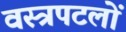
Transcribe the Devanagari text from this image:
वस्त्रपटलों